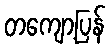
တကျော့ပြန်